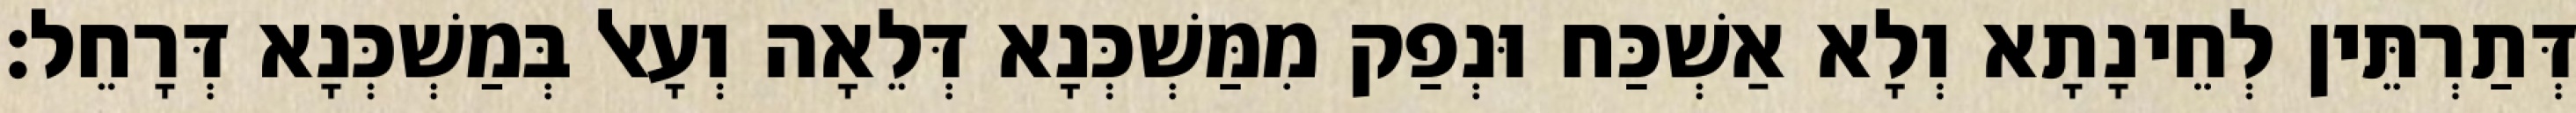
דְּתַרְתֵּין לְחֵינָתָא וְלָא אַשְׁכַּח וּנְפַק מִמַּשְׁכְּנָא דְּלֵאָה וְעָאל בְּמַשְׁכְּנָא דְּרָחֵל׃